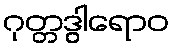
ဂုတ္တဒွါရောဝ